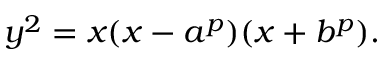
y ^ { 2 } = x ( x - a ^ { p } ) ( x + b ^ { p } ) .